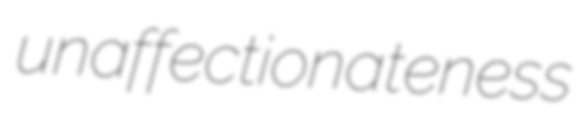
unaffectionateness